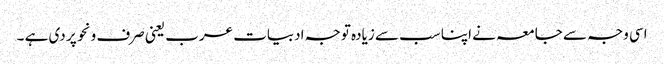
اسی وجہ سے جامعہ نے اپنا سب سے زیادہ توجہ ادبیات عرب یعنی صرف ونحو پر دی ہے ۔